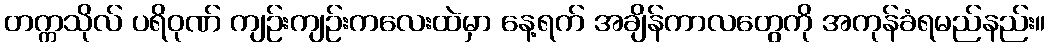
တက္ကသိုလ် ပရိဝုဏ် ကျဉ်းကျဉ်းကလေးထဲမှာ နေ့ရက် အချိန်ကာလတွေကို အကုန်ခံရမည်နည်း။